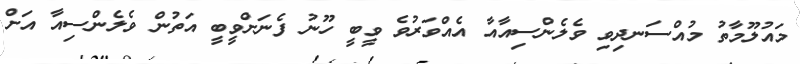
މައުލޫމާތު މުއްސަނދިވި ވެލެންސިއާއާ އެއްވަރުވެ ވީބީ ހޫނު ފެނަށްވީބީ އަތުން ވެލެންސިއާ އަށް